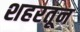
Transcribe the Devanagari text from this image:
शहरतून